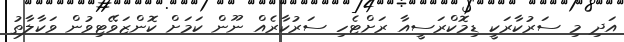
އަދި މި ސަރުކާރަކީ ޑިމޮކްރަސީއާ ރަށްޓެހި ސަރުކާރެއް ނޫން ކަމަށް ކޮންޒަވޭޓިވުން ވަކާލާތު